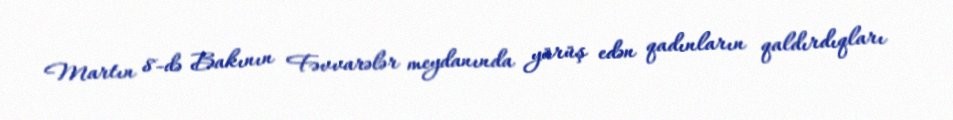
Martın 8-də Bakının Fəvvarələr meydanında yürüş edən qadınların qaldırdıqları